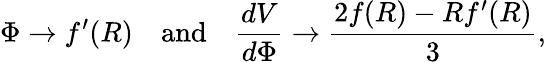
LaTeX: \Phi\to f^{\prime}(R)\quad{\textrm{and}}\quad{\frac{dV}{d\Phi}}\to{\frac{2f(R)-Rf^{\prime}(R)}{3}},